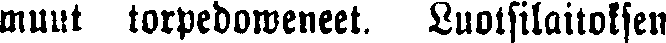
muut torpedoweneet. Luotsilaitoksen